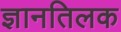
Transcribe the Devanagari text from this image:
ज्ञानतिलक